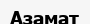
Азамат